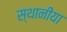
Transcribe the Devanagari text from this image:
स्थानीया